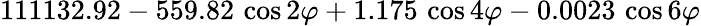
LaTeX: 111132.92-559.82\, \cos 2\varphi+1.175\, \cos 4\varphi-0.0023\, \cos 6\varphi